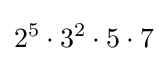
2^{5}\cdot 3^{2}\cdot 5\cdot 7